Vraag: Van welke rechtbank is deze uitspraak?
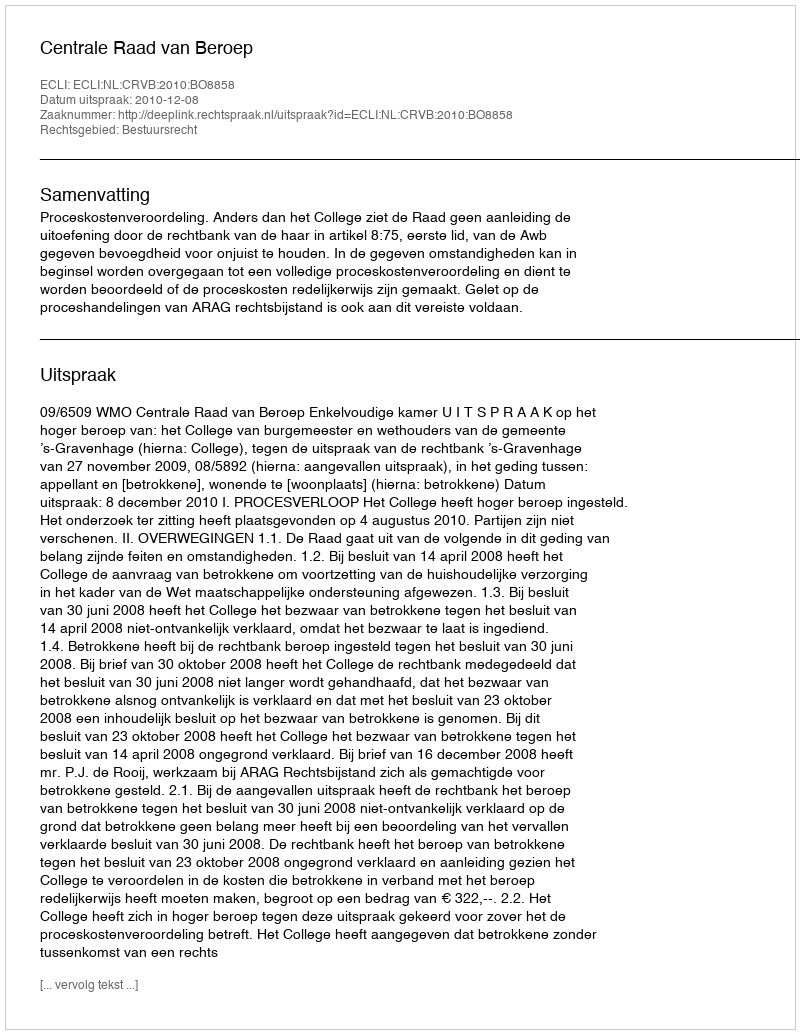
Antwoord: Centrale Raad van Beroep